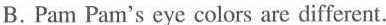
B.Pam Pam's eye colors are different.